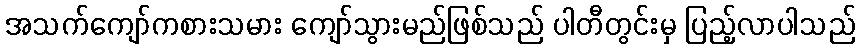
အသက်ကျော်ကစားသမား ကျော်သွားမည်ဖြစ်သည် ပါတီတွင်းမှ ပြည့်လာပါသည်